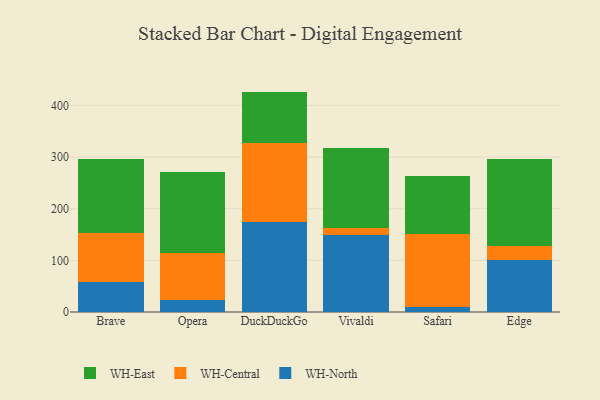
{"axis": {"x": "Browser", "y": "Market Share (%)"}, "legend": ["WH-Central", "WH-East", "WH-North"], "data": [{"x": "Brave", "y": 58.6, "type": "WH-North"}, {"x": "Brave", "y": 95.1, "type": "WH-Central"}, {"x": "Brave", "y": 142.2, "type": "WH-East"}, {"x": "Opera", "y": 23.6, "type": "WH-North"}, {"x": "Opera", "y": 90.1, "type": "WH-Central"}, {"x": "Opera", "y": 157.8, "type": "WH-East"}, {"x": "DuckDuckGo", "y": 174.2, "type": "WH-North"}, {"x": "DuckDuckGo", "y": 153.4, "type": "WH-Central"}, {"x": "DuckDuckGo", "y": 99.2, "type": "WH-East"}, {"x": "Vivaldi", "y": 149.0, "type": "WH-North"}, {"x": "Vivaldi", "y": 14.5, "type": "WH-Central"}, {"x": "Vivaldi", "y": 153.4, "type": "WH-East"}, {"x": "Safari", "y": 9.9, "type": "WH-North"}, {"x": "Safari", "y": 141.9, "type": "WH-Central"}, {"x": "Safari", "y": 111.6, "type": "WH-East"}, {"x": "Edge", "y": 100.4, "type": "WH-North"}, {"x": "Edge", "y": 26.9, "type": "WH-Central"}, {"x": "Edge", "y": 169.0, "type": "WH-East"}]}